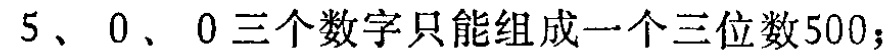
$5、0、0三个数字只能组成一个三位数500；$